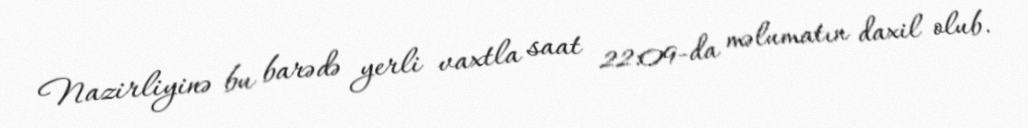
Nazirliyinə bu barədə yerli vaxtla saat 22:09-da məlumatın daxil olub.